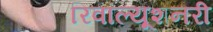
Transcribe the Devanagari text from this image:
रिवॉल्यूशनरी